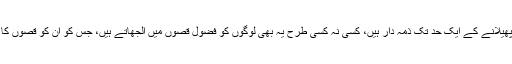
مجھے یہ لگتا ہے کہ ناول لکھنے والے بھی لوگوں میں برائی پھیلانے کے ایک حد تک ذمہ دار ہیں، کسی نہ کسی طرح یہ بھی لوگوں کو فضول قصوں میں الجھاتے ہیں، جس کو ان کو قصوں کا نشہ لگ جائے اس کو کوئی دوسرا کام کرتے کم ہی دیکھا ہے۔